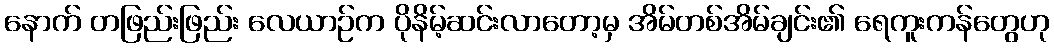
နောက် တဖြည်းဖြည်း လေယာဉ်က ပိုနိမ့်ဆင်းလာတော့မှ အိမ်တစ်အိမ်ချင်း၏ ရေကူးကန်တွေဟု